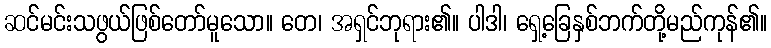
ဆင်မင်းသဖွယ်ဖြစ်တော်မူသော။ တေ၊ အရှင်ဘုရား၏။ ပါဒါ၊ ရှေ့ခြေနှစ်ဘက်တို့မည်ကုန်၏။